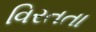
વિરતતા